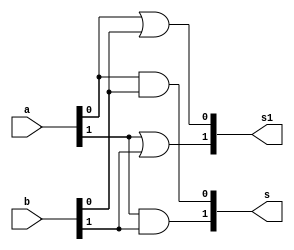
// ------------------------- 
// Exercicio3
// Nome: Marlon Henrique de Azeredo Formiga 
// -------------------------
  
module andor (output [1:0] s, //--Saida And
	output [1:0] s1, //--Saida Or
	input [1:0] a, 
	input [1:0] b); 
	
//descrever por portas 
	
	and and1(s[0],a[0],b[0]);
	and and2(s[1],a[1],b[1]);

	or or1(s1[0],a[0],b[0]);
	or or2(s1[1],a[1],b[1]);	

endmodule//andor 

module nandnor (output [1:0] s, //--Saida Nand
	output [1:0] s1, //--Saida NOor
	input [1:0] a, 
	input [1:0] b); 
	
// descrever por portas 
	nand and1(s[0],a[0],b[0]);
	nand and2(s[1],a[1],b[1]);

	nor or1(s1[0],a[0],b[0]);
	nor or2(s1[1],a[1],b[1]);	
endmodule // nandnor 

module selecionavel (output [1:0] z, //-- SAIDA AND ou NAND
	output [1:0] z1, //-- SAIDA OR ou NOR
	input [1:0] flag, 
	input [1:0] a, 
	input [1:0] b); 
	
	//-- wires para saidas de AND/OR e NAND/NOR
	wire [1:0] s1;
	wire [1:0] s2;
	wire [1:0] s3;
	wire [1:0] s4;
	
	//-- wires para saidas de ANDs e OR para seleao
	wire [1:0] s5; // --- ANDA
	wire [1:0] s6; // --- ANDO
	wire [1:0] s7; // --- ANDNA
	wire [1:0] s8; // --- ANDNO
	
	//------------------------------------------------
	wire[1:0] temp; //-- variavel temporaria para saida indesejada
	
//descrever por portas 
	andor andor1(s1,s2,a,b);
	nandnor nandnor1(s3,s4,a,b);
	
	//-- Seleao	
   //-- temp salva valor do OR que  retornado pela porta andor pois nao vai ser utilizado  
	andor anda(s5,temp,s1,~flag);
	andor ando(s6,temp,s2,~flag);
	andor andna(s7,temp,s3,flag);
	andor andno(s8,temp,s4,flag);
	
	//-- temp salva valor de AND que  retornado pela porta andor pois nao vai ser utilizado 
	andor OR1(temp,z,s5,s7);
	andor OR2(temp,z1,s6,s8);

endmodule//selecionavel

module testmodule; 
// ------------------------- definir dados 
	reg [1:0] x; 
	reg [1:0] y; 
	wire [1:0] z;  //--- saida Z -- AND ou NAND
	wire [1:0] z1;  //--- saida Z1 -- OR ou NOR
	reg [1:0] f;  //--- flag	
	
	// -- chamada do modulo
	selecionavel selec1 (z, z1, f, x, y); 
// ------------------------- parte principal 
initial begin 
	$display("Exercicio3 - Marlon Henrique de Azeredo Formiga - 397248"); 
	$display("Test LU's module"); 
	x = 2'b11; y = 2'b01; f = 2'b00;

//projetar testes do modulo 
	#1 $display("%3b %3b - %3b   %3b  %3b",x,y,z,z1,f);
	f = 2'b11; 
	#1 $display("%3b %3b - %3b   %3b  %3b",x,y,z,z1,f);
	
end 

endmodule//testmodule